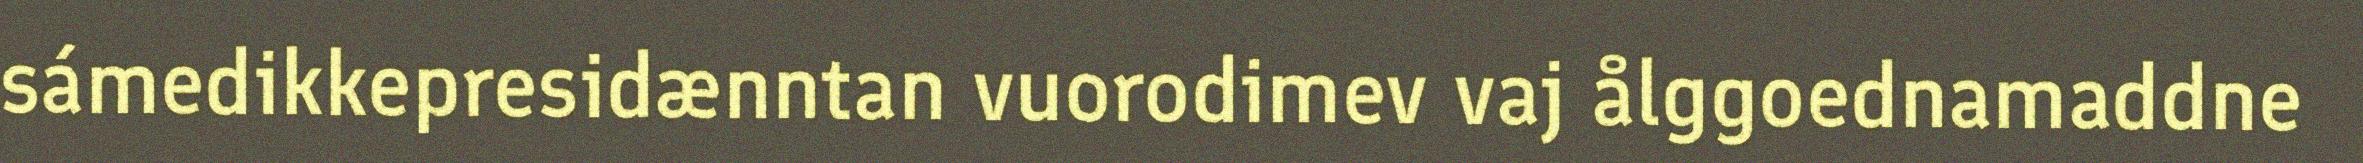
sámedikkepresidænntan vuorodimev vaj ålggoednamaddne